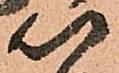
以